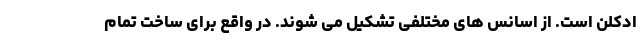
ادکلن است. از اسانس های مختلفی تشکیل می شوند. در واقع برای ساخت تمام